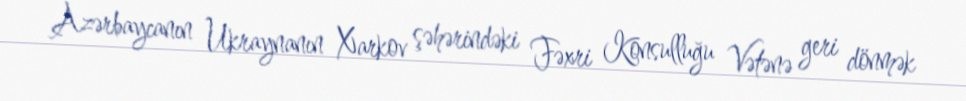
Azərbaycanın Ukraynanın Xarkov şəhərindəki Fəxri Konsulluğu Vətənə geri dönmək